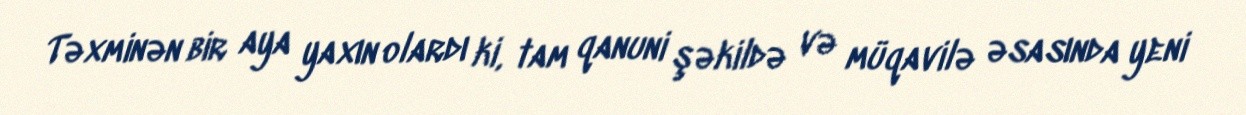
Təxminən bir aya yaxın olardı ki, tam qanuni şəkildə və müqavilə əsasında yeni